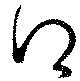
得